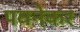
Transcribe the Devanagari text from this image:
पवनेकर